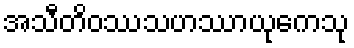
အသီတိဝဿသဟဿာယုကေသု